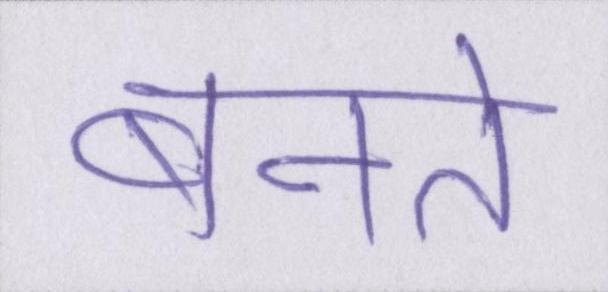
बनते